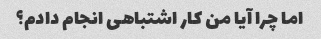
اما چرا آیا من کار اشتباهی انجام دادم؟